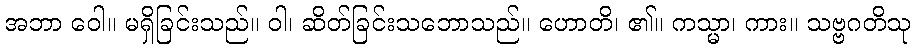
အဘာ ဝေါ။ မရှိခြင်းသည်။ ဝါ၊ ဆိတ်ခြင်းသဘောသည်။ ဟောတိ၊ ၏။ ကသ္မာ၊ ကား။ သဗ္ဗဂတိသု